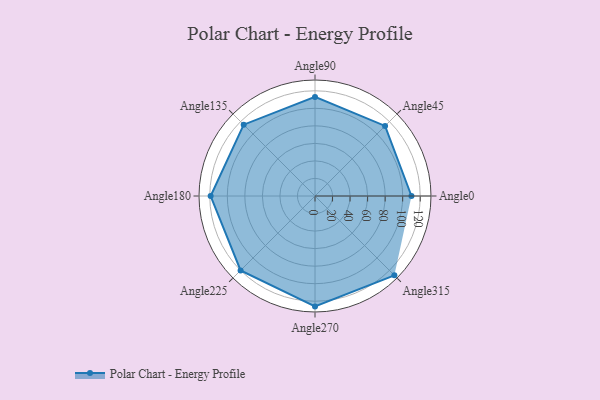
{"axis": {"x": "Angle", "y": "Radius"}, "legend": [""], "data": [{"x": "Angle0", "y": 110.0, "type": ""}, {"x": "Angle45", "y": 113.0, "type": ""}, {"x": "Angle90", "y": 113.0, "type": ""}, {"x": "Angle135", "y": 115.0, "type": ""}, {"x": "Angle180", "y": 119.0, "type": ""}, {"x": "Angle225", "y": 120.0, "type": ""}, {"x": "Angle270", "y": 126.0, "type": ""}, {"x": "Angle315", "y": 128.0, "type": ""}]}